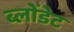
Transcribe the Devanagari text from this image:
ब्लोंडेट